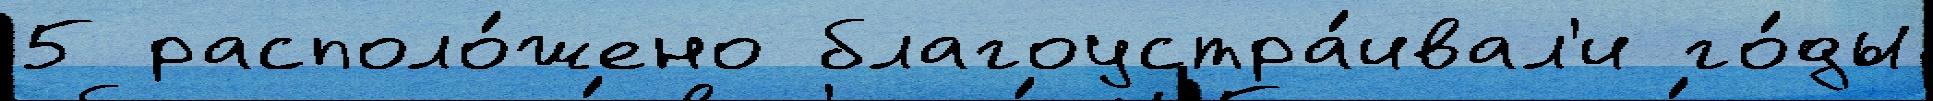
5 располо́жено благоустра́ивал'и го́ды